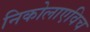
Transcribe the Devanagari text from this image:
निकोलाएविच